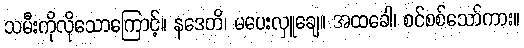
သမီးကိုလိုသောကြောင့်။ နဒေတိ၊ မပေးလှူချေ။ အထခေါ၊ စင်စစ်သော်ကား။